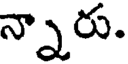
న్నారు.